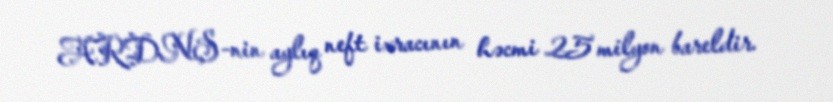
ARDNŞ-nin aylıq neft ixracının həcmi 25 milyon bareldir.